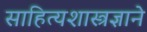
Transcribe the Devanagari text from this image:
साहित्यशास्त्रज्ञाने